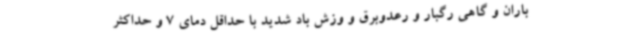
باران و گاهی رگبار و رعدوبرق و وزش باد شدید با حداقل دمای 7 و حداکثر